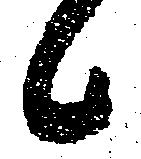
候